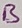
Text: B